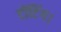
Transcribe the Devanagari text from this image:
टोंटिंग।